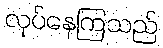
လုပ်နေကြသည်